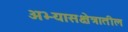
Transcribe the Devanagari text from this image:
अभ्यासक्षेत्रातील